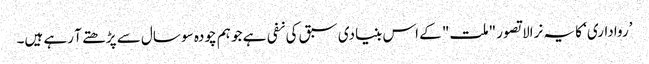
’رواداری‘ کا یہ نرالا تصور "ملت" کے اس بنیادی سبق کی نفی ہے جو ہم چودہ سو سال سے پڑھتے آ رہے ہیں۔